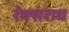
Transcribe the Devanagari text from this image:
रेक्सराथ